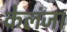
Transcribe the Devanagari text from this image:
केलंजा